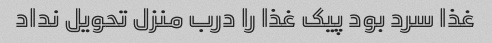
غذا سرد بود پیک غذا را درب منزل تحویل نداد